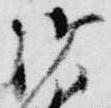
御